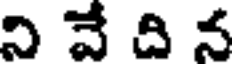
ని వే ది న